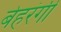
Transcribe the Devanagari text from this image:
बेहरंगी